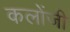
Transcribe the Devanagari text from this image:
कलोंजी